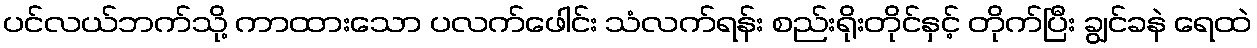
ပင်လယ်ဘက်သို့ ကာထားသော ပလက်ဖေါင်း သံလက်ရန်း စည်းရိုးတိုင်နှင့် တိုက်ပြီး ချွင်ခနဲ ရေထဲ